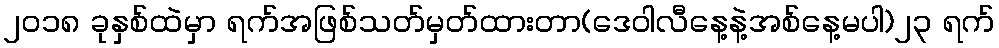
၂၀၁၈ ခုနှစ်ထဲမှာ ရက်အဖြစ်သတ်မှတ်ထားတာ(ဒေဝါလီနေ့နဲ့အစ်နေ့မပါ)၂၃ ရက်